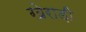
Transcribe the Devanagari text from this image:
खेराड़ी